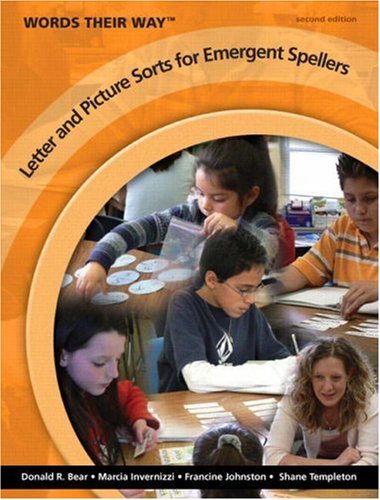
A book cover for Words Their Way Letter and Picture Sorts for Emergent Spellers (2nd Edition); Donald R. Bear; Education & Teaching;